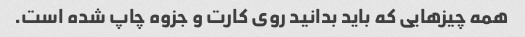
همه چیزهایی که باید بدانید روی کارت و جزوه چاپ شده است.